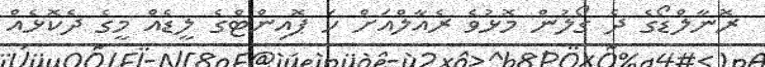
ރޮނާލްޑޯގެ ދެ ގޯލުން މޮޅުވެ ރެއާލްއަށް ހަ ޕޮއިންޓްގެ ލީޑެއް މީގެ ދެކޮޅެއް